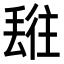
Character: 𬻯